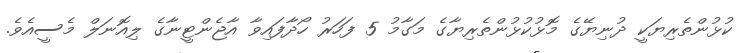
ކުޅުންތެރިޔަކީ ދުނިޔޭގެ މޮޅުކުޅުންތެރިޔާގެ މަގާމު 5 ފަހަރު ހޯދާފައިވާ އާޖެންޓީނާގެ ލިއޮނަލް މެސީއެވެ.